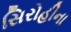
સિરોહીના